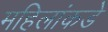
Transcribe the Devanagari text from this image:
महिलांकडे